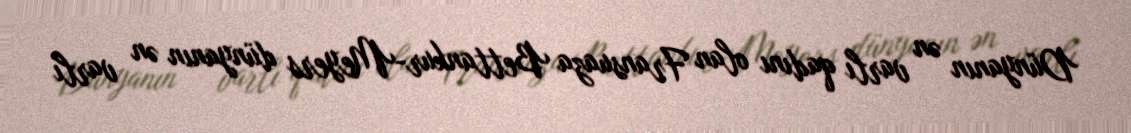
Dünyanın ən varlı qadını olan Fransuaza Bettankur-Meyers dünyanın ən varlı